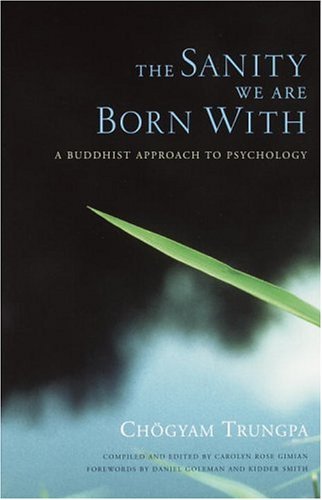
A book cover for The Sanity We Are Born With: A Buddhist Approach to Psychology; Chogyam Trungpa; Religion & Spirituality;